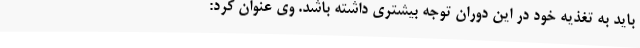
باید به تغذیه خود در این دوران توجه بیشتری داشته باشد. وی عنوان کرد: